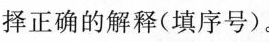
择正确的解释(填序号)。